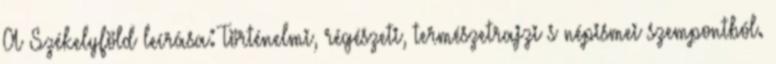
A Székelyföld leírása: Történelmi, régészeti, természetrajzi s népismei szempontból.